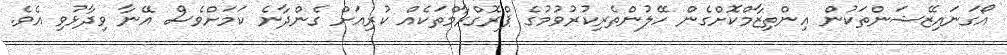
އޯގަނައިޒޭޝަންތަކުން އިންތިޒާމްކޮށްގެން ހޭލުންތެރިކުރުވުމުގެ ޕްރޮގްރާމްތަކެއް ކުރިއަށް ގެންދާނެ ކަމަށްވެސް އޭނާ ވިދާޅުވި އެވެ.